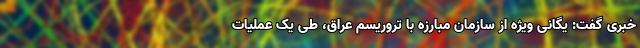
خبری گفت: یگانی ویژه از سازمان مبارزه با تروریسم عراق، طی یک عملیات